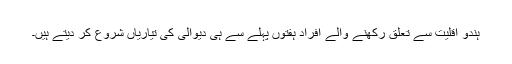
ہندو اقلیت سے تعلق رکھنے والے افراد ہفتوں پہلے سے ہی دیوالی کی تیاریاں شروع کر دیتے ہیں۔